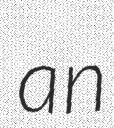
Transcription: an